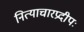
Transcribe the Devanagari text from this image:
नित्याचारप्रदीपः